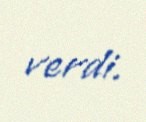
verdi.